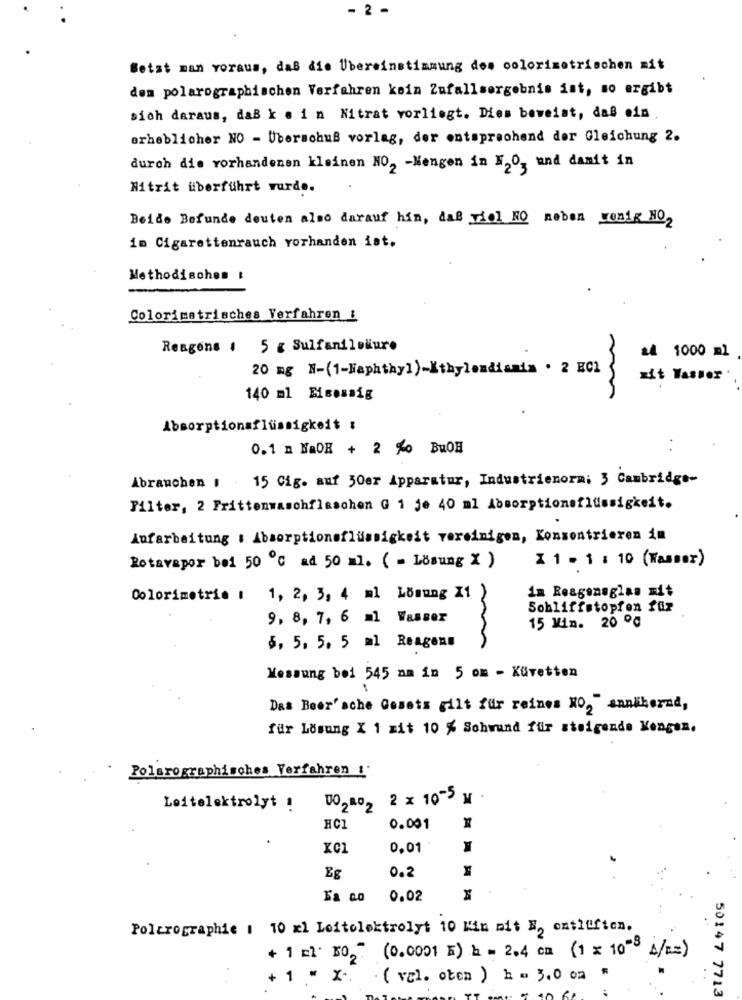
- 2 -
Betst man voraus, daß die Übereinstimmung des colorimetrischen mit
den polarographischen Verfahren kein Zufallsergebnis ist, so ergibt
sich daraus, daB k . i n Nitrat vorliegt. Dies beweist, daß ein
erheblicher NO - Uberschuß vorlag, der entsprechend der Gleichung 2.
durch die vorhandenen kleinen NO2 -Mengen in H2O, und damit in
Nitrit überführt wurde.
Beide Befunde deuten also darauf hin, daß viol NO neben wenig NO2
im Cigarettenrauch vorhanden ist.
Methodischen &
Colorimetrisches Verfahren &
Reagens 1 5 g Sulfanileiuro
24 1000 ml
20 mg N-(1-Haphthyl)-Kthylendiamim . 2 EC2
zit Wasser .
140 ml Eisensig
Absorptionsflüssigkeit :
0.1 n NaDE + 2 %0 BuOH
Abranchen 1 . 15 Gig. auf 30er Apparatur, Industrienorm; 3 Cambridge-
Filter, 2 Frittenwaschflaschen G 1 je 40 ml Absorptionsflüssigkeit.
Aufarbeitung : Absorptionsflüssigkeit vereinigen, Konsentrieren im
X 1 - 1 : 10 (Wasser)
Rotavapor bei 50 ℃ ad 50 ml. ( = Lösung X )
Colorimetria 1 1, 2, 3, 4 ml Lösung X1
~
im Reagensglas mit
Sobliffstopfen für
9, 8, 7, 6 ml Wasser
15 Min. 20 ℃
6, 5, 5. 5 ml Reagens
Messung bei 545 am in 5 om - Küvetten
Das Beer'sche Gosets gilt für reines NO," annähernd,
für Lösung X 1 zit 10 % Schwund für steigende Kongen.
Polarographisches Verfahren 1.
TO2802 2 × 10-5 x .
Leitelektrolyt !
HCI
0.001
0.01
0.2
Eg
0.02
Polcrographie 1 10 x1 Loitelektrolyt 10 Kin nit N, ontluften.
+ 1 =l' 502 (0.0001 E) = = 2.4 cm (1 × 10-8 1/2=)
..
+ 1 " X -.
. ( val. oben ) h = 3,0 on "
50147 7713